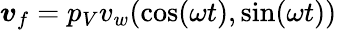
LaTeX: \boldsymbol v_{f}=p_{V}v_{w}(\cos(\omega t),\sin(\omega t))